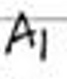
$A_{1}$